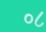
૦૮